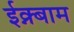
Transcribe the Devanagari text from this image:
ईक्न्बाम